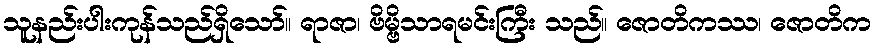
သူနည်းပါးကုန်သည်ရှိသော်။ ရာဇာ၊ ဗိမ္ဗိသာရမင်းကြီး သည်။ ဇောတိကဿ၊ ဇောတိက